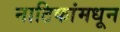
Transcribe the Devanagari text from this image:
नाटिकांमधून